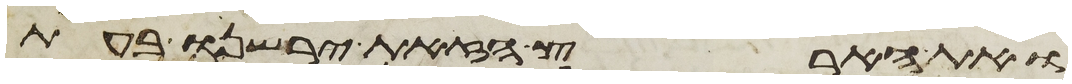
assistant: ואת הארץ הזאת ירשנו בעת